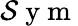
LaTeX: \mathcal{S}\mathrm{~y~m~}